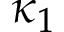
\kappa _ { 1 }